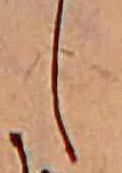
し